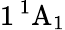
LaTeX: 1\, ^{1}\mathrm{A}_{1}